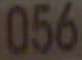
056